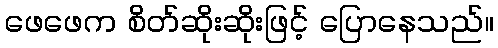
ဖေဖေက စိတ်ဆိုးဆိုးဖြင့် ပြောနေသည်။